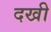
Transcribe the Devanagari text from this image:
दखी